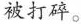
被打碎。